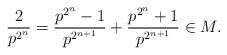
LaTeX: \begin{align*}\frac{2}{p^{2^n}} = \frac{p^{2^n} - 1}{p^{2^{n+1}}} + \frac{p^{2^n} + 1}{p^{2^{n+1}}} \in M.\end{align*}